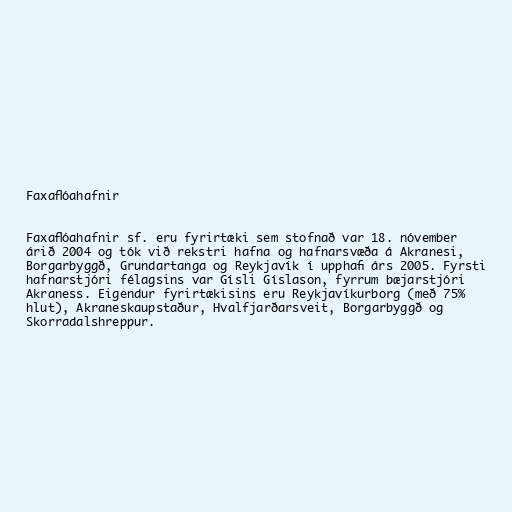
Faxaflóahafnir

Faxaflóahafnir sf. eru fyrirtæki sem stofnað var 18. nóvember
árið 2004 og tók við rekstri hafna og hafnarsvæða á Akranesi,
Borgarbyggð, Grundartanga og Reykjavík í upphafi árs 2005. Fyrsti
hafnarstjóri félagsins var Gísli Gíslason, fyrrum bæjarstjóri
Akraness. Eigendur fyrirtækisins eru Reykjavíkurborg (með 75%
hlut), Akraneskaupstaður, Hvalfjarðarsveit, Borgarbyggð og
Skorradalshreppur.